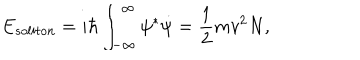
LaTeX: E _ { s o l i t o n } = i \hbar \int _ { - \infty } ^ { \infty } \psi ^ { * } \dot { \psi } = \frac { 1 } { 2 } m v ^ { 2 } N ,